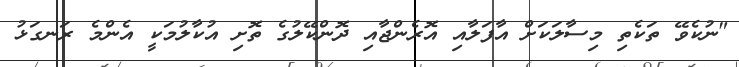
"ނުކެވޭ ތަކެތި މިސާލަކަށް އާފަލާއި އޮރެންޖާއި ދޮންކޭލުގެ ތޮށި އުކާލުމަކީ އެންމެ ރަނގަޅު